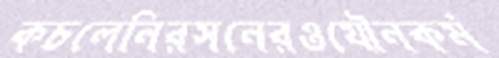
কচলেনিরসনেরওযৌনকর্ম